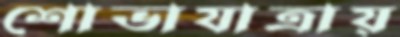
শোভাযাত্রায়